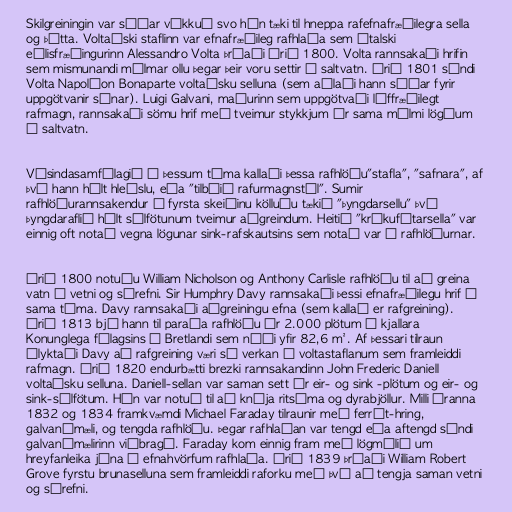
Skilgreiningin var síðar víkkuð svo hún tæki til hneppa rafefnafræðilegra sella
og þétta. Voltaíski staflinn var efnafræðileg rafhlaða sem ítalski
eðlisfræðingurinn Alessandro Volta þróaði árið 1800. Volta rannsakaði hrifin
sem mismunandi málmar ollu þegar þeir voru settir í saltvatn. Árið 1801 sýndi
Volta Napoléon Bonaparte voltaísku selluna (sem aðlaði hann síðar fyrir
uppgötvanir sínar). Luigi Galvani, maðurinn sem uppgötvaði líffræðilegt
rafmagn, rannsakaði sömu hrif með tveimur stykkjum úr sama málmi lögðum
í saltvatn.

Vísindasamfélagið á þessum tíma kallaði þessa rafhlöðu"stafla", "safnara", af
því hann hélt hleðslu, eða "tilbúið rafurmagnstól". Sumir
rafhlöðurannsakendur á fyrsta skeiðinu kölluðu tækið "þyngdarsellu" því
þyngdaraflið hélt súlfötunum tveimur aðgreindum. Heitið "krákufótarsella" var
einnig oft notað vegna lögunar sink-rafskautsins sem notað var í rafhlöðurnar.

Árið 1800 notuðu William Nicholson og Anthony Carlisle rafhlöðu til að greina
vatn í vetni og súrefni. Sir Humphry Davy rannsakaði þessi efnafræðilegu hrif á
sama tíma. Davy rannsakaði aðgreiningu efna (sem kallað er rafgreining).
Árið 1813 bjó hann til paraða rafhlöðu úr 2.000 plötum í kjallara
Konunglega félagsins í Bretlandi sem náði yfir 82,6 m². Af þessari tilraun
ályktaði Davy að rafgreining væri sú verkan í voltastaflanum sem framleiddi
rafmagn. Árið 1820 endurbætti brezki rannsakandinn John Frederic Daniell
voltaísku selluna. Daniell-sellan var saman sett úr eir- og sink -plötum og eir- og
sink-súlfötum. Hún var notuð til að knýja ritsíma og dyrabjöllur. Milli áranna
1832 og 1834 framkvæmdi Michael Faraday tilraunir með ferrít-hring,
galvanímæli, og tengda rafhlöðu. Þegar rafhlaðan var tengd eða aftengd sýndi
galvanímælirinn viðbragð. Faraday kom einnig fram með lögmálið um
hreyfanleika jóna í efnahvörfum rafhlaða. Árið 1839 þróaði William Robert
Grove fyrstu brunaselluna sem framleiddi raforku með því að tengja saman vetni
og súrefni.